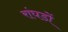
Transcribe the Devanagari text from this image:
रांघडों